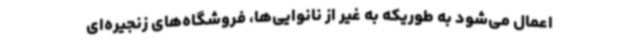
اعمال می‌شود به طوریکه به غیر از نانوایی‌ها، فروشگاه‌های زنجیره‌ای